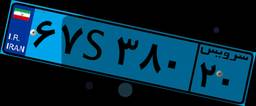
۱۷S۹۲۹۰۲